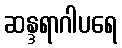
ဆန္ဒရာဂါပရေ